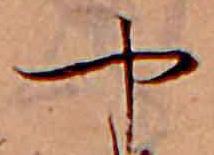
や